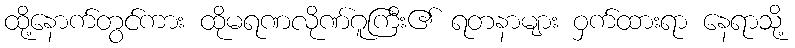
ထို့နောက်တွင်ကား ထိုမရဏလိုဏ်ဂူကြီး၏ ရတနာများ ဝှက်ထားရာ နေရာသို့